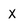
Character: X